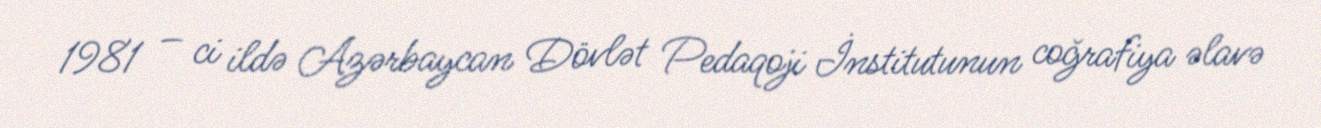
1981 – ci ildə Azərbaycan Dövlət Pedaqoji İnstitutunun coğrafiya əlavə